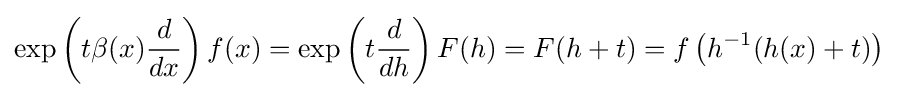
\exp \left(t\beta (x){\frac {d}{dx}}\right)f(x)=\exp \left(t{\frac {d}{dh}}\right)F(h)=F(h+t)=f\left(h^{-1}(h(x)+t)\right)